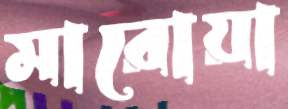
মারোয়া